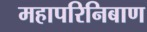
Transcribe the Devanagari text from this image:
महापरिनिबाण